Document type: Grant
Year: 1403
Scribe: Berenguer Pedrosell
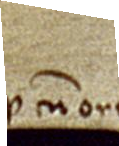
Probata cum originali.